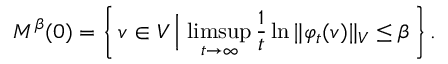
M ^ { \beta } ( 0 ) = \left\{ \, v \in V \, \Big \vert \, \operatorname* { l i m s u p } _ { t \to \infty } \frac { 1 } { t } \ln { \Vert \varphi _ { t } ( v ) \Vert _ { V } } \leq \beta \, \right\} .